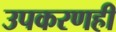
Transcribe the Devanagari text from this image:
उपकरणही